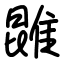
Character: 𨿪